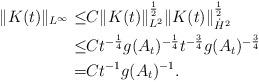
LaTeX: \begin{align*}\|K(t)\|_{L^{\infty}} \leq& C \|K(t)\|_{L^{2}}^{\frac{1}{2}}\|K(t)\|_{\dot{H}^{2}}^{\frac{1}{2}}\\ \leq& Ct^{-\frac{1}{4}}g(A_{t})^{-\frac{1}{4}}t^{-\frac{3}{4}}g(A_{t})^{-\frac{3}{4}}\\ =&Ct^{-1}g(A_{t})^{-1}.\end{align*}